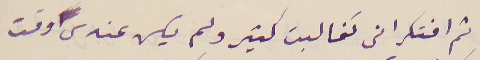
( ثم افتكر انى تغالبت كتير ولم يكن عندى وقت